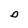
Character: D